Report on sanitation, dispensaries, and jails in Rajputana for 1913, and on vaccination for the year 1913-1914 - 1913-1914
Year: 1913
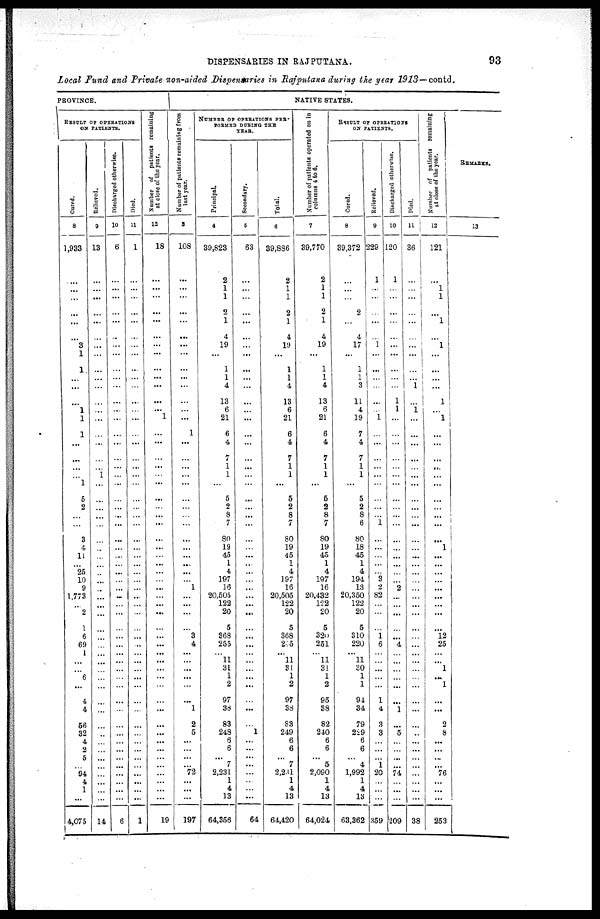
DISPENSARIES IN RAJPUTANA.
93
Local Fund and Private non-aided Dispensaries in Rajputana during the year 1913— contd.
PROVINCE.
RESULT OF OPERATIONS
ON PATIENTS.
Cured.
8
1,933
...
...
...
...
...
...
3
1
1
...
...
...
1
1
1
...
...
...
...
1
5
2
...
...
3
4
11
...
25
10
9
1,773
...
2
1
6
69
1
...
...
6
...
4
4
56
32
4
2
5
...
94
4
1
...
4,075
Relieved.
9
13
...
...
...
...
...
...
...
...
...
...
...
...
...
...
...
...
...
...
1
...
...
...
...
...
...
...
...
...
...
...
...
...
...
...
...
...
...
...
...
...
...
...
...
...
...
...
...
...
...
...
...
...
...
...
14
Discharged otherwise.
10
6
...
...
...
...
...
..
...
...
...
...
...
...
...
...
...
...
...
...
...
...
...
...
...
...
...
...
...
...
...
...
...
...
...
...
...
...
...
...
...
...
...
...
...
...
...
...
...
...
...
...
...
...
...
...
6
Died.
11
1
...
...
...
...
...
...
...
...
...
...
...
...
...
...
...
...
...
...
...
...
...
...
...
...
...
...
...
...
...
...
...
...
...
...
...
...
...
...
...
...
...
...
...
...
...
...
...
...
...
...
...
...
...
...
1
Number of patients remaining
at close of the year.
12
18
...
...
...
...
...
...
...
...
...
...
...
...
...
1
...
...
...
...
...
...
...
...
...
...
...
...
...
...
...
...
...
...
...
...
...
...
...
... ...
...
...
...
...
...
...
...
...
...
...
...
...
...
...
...
19
NATIVE STATES.
Number of patients remaining from
last year.
3
108
...
...
...
...
...
...
...
...
...
...
...
...
...
...
1
...
...
...
...
...
...
...
...
...
...
...
...
...
...
...
1
...
...
...
...
3
4
... ...
...
...
...
...
1
2
5
...
...
...
...
72
...
...
...
197
NUMBER OF OPERATIONS PER-
FORMED DURING THE
YEAR.
Principal.
4
39,823
2
1
1
2
1
4
19
...
1
1
4
13
6
21
6
4
7
1
1
...
5
2
8
7
80
19
45
1
4
197
16
20,505
122
20
5
368
255
... 11
31
1
2
97
38
83
248
6
6
...
7
2,231
1
4
13
64,356
Secondary.
5
63
...
...
...
...
...
...
...
...
...
...
...
...
...
...
...
...
...
...
...
...
...
...
...
...
...
...
...
...
...
...
...
...
...
...
...
...
...
... ...
...
...
...
...
...
...
1
...
...
...
...
...
...
...
...
64
Total.
6
39,886
2
1
1
2
1
4
19
...
1
1
4
13
6
21
6
4
7
1
1
...
5
2
8
7
80
19
45
1
4
197
16
20,505
122
20
5
368
235
... 11
31
1
2
97
38
83
249
6
6
...
7
2,231
1
4
13
64,420
Number of patients operated on in
columns 4 to 6.
7
39,770
2
1
1
2
1
4
19
...
1
1
4
13
6
21
6
4
7
1
1
...
5
2
8
7
80
19
45
1
4
197
16
20,432
122
20
5
320
251
... 11
31
1
2
95
38
82
240
6
6
...
5
2,090
1
4
13
64,024
RESULTS OF OPERATIONS
ON PATIENTS.
Cured.
8
39,372
...
...
...
2
...
4
17
...
1
1
3
11
4
19
7
4
7
1
1
...
5
2
8
6
80
18
45
1
4
194
13
20,350
122
20
5
310
220
... 11
30
1
1
94
34
79
229
6
6
...
4
1,992
1
4
13
63,362
Relieved.
9
229
1
...
...
...
...
...
1
...
...
...
...
...
...
1
...
...
...
...
...
...
...
...
...
1
...
...
...
...
...
3
2
82
...
...
...
1
6
... ...
...
...
...
1
4
3
3
...
...
...
1
20
...
...
...
359
Discharged otherwise.
10
120
1
...
...
...
...
...
...
...
...
...
...
1
1
...
...
...
...
...
...
...
...
...
...
...
...
...
...
...
...
...
2
...
...
...
...
...
4
... ...
...
...
...
...
1
...
5
...
...
...
...
74
...
...
...
209
Died.
11
36
...
...
...
...
...
...
...
...
...
...
1
...
1
...
...
...
...
...
...
...
...
...
...
...
...
...
...
...
...
...
...
...
...
...
...
...
...
...
...
...
...
...
...
...
...
..
...
...
...
...
...
...
...
...
38
Number of patients remaining
at close of the year.
12
121
...
1
1
...
1
...
1
...
...
...
...
1
...
1
...
...
...
...
...
...
...
...
...
...
...
1
...
...
...
...
...
...
...
...
...
12
25
... ...
1
...
1
...
...
2
8
...
...
...
...
76
...
...
...
253
REMARKS.
13